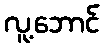
လူ့ဘောင်